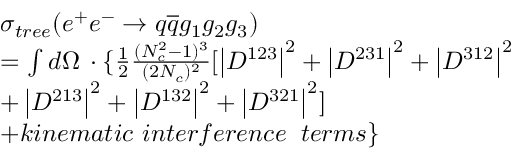
\begin{array} { l } { { \sigma _ { t r e e } ( e ^ { + } e ^ { - } \rightarrow q \overline { { { q } } } g _ { 1 } g _ { 2 } g _ { 3 } ) } } \\ { { = \int d \Omega \, \cdot \{ \frac 1 2 \frac { ( N _ { c } ^ { 2 } - 1 ) ^ { 3 } } { ( 2 N _ { c } ) ^ { 2 } } [ \left| D ^ { 1 2 3 } \right| ^ { 2 } + \left| D ^ { 2 3 1 } \right| ^ { 2 } + \left| D ^ { 3 1 2 } \right| ^ { 2 } } } \\ { { + \left| D ^ { 2 1 3 } \right| ^ { 2 } + \left| D ^ { 1 3 2 } \right| ^ { 2 } + \left| D ^ { 3 2 1 } \right| ^ { 2 } ] } } \\ { { + k i n e m a t i c \, \, i n t e r f e r e n c e \; \; t e r m s \} } } \end{array}